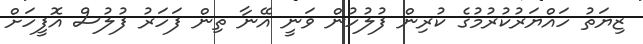
ޒިޔަތު ހައްޔަރުކުރުމުގެ ކުރިން ފުލުހުން ވަނީ އޭނާ ތިން ފަހަރު ފުލުސް އޮފީހަށް